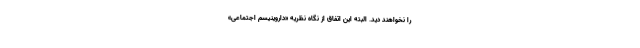
را نخواهند دید. البته این اتفاق از نگاه نظریه «داروینیسم اجتماعی»